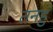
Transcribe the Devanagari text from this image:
तनहुं